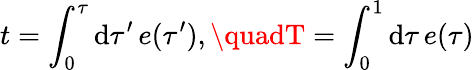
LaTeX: t=\int_{0}^{\tau}\mathrm{d}\tau^{\prime}\, e(\tau^{\prime}),\quadT=\int_{0}^{1}\mathrm{d}\tau\, e(\tau)